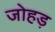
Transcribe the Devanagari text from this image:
जोहड़